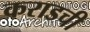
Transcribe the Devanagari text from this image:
कराडची